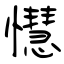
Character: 懳